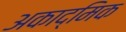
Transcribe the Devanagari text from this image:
अकाद्मिक